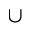
\cup